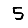
Digit: 5